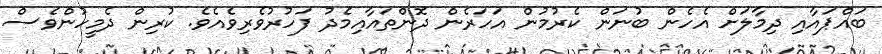
ބައްޕައާއި ދިމާލަށް އެހެން ބުނަން ކެރުމުން އަހަރެން ދޮންތައާއިމެދު ފަހުރުވެރިވެއެވެ. ކުރިން ދެމީހުންވެސް